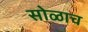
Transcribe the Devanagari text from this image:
सोळाच